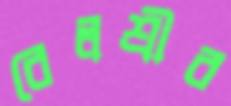
বেলশ্রীর